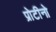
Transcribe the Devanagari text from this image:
प्रोटीनो